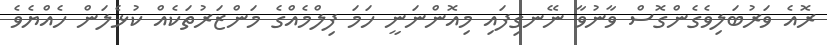
ރޮއެ ވަރުބަލިވެގެންގޮސް ވާނުވާ ނޭނގިފައި މިއޮންނަނީ ހަމަ ފިލްމެއްގެ މަންޒަރުތަކެއް ކުޅެލަން ހެއްޔެވެ